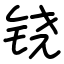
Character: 铙